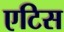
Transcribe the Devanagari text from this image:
एटिस